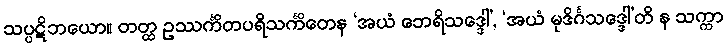
သပ္ပဋိဘယော။ တတ္ထ ဥဿင်္ကိတပရိသင်္ကိတေန ‘အယံ ဘေရိသဒ္ဒေါ’, ‘အယံ မုဒိင်္ဂသဒ္ဒေါ’တိ န သက္ကာ